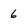
Character: 6